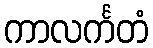
ကာလင်္ကတံ